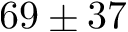
6 9 \pm 3 7